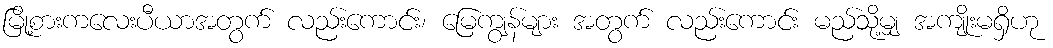
မြို့စားကလေးပီယာအတွက် လည်းကောင်း၊ မြေကျွန်များ အတွက် လည်းကောင်း မည်သို့မျှ အကျိုးမရှိဟု